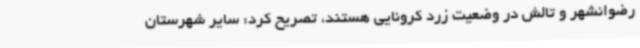
رضوانشهر و تالش در وضعیت زرد کرونایی هستند، تصریح کرد: سایر شهرستان